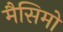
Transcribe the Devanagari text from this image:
मैसिमो